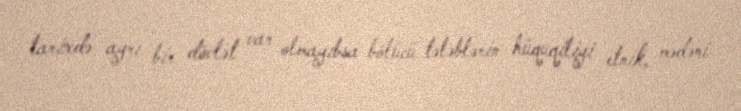
tarixdə ayrı bir dövlət var olmayıbsa bölücü tələblərin hüquqiliyi etnik, mədəni